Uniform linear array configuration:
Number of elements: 48
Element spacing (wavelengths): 0.5
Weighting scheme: binomial
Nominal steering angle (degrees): -15
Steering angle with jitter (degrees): -15.128
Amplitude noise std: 0.05
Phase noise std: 0.05

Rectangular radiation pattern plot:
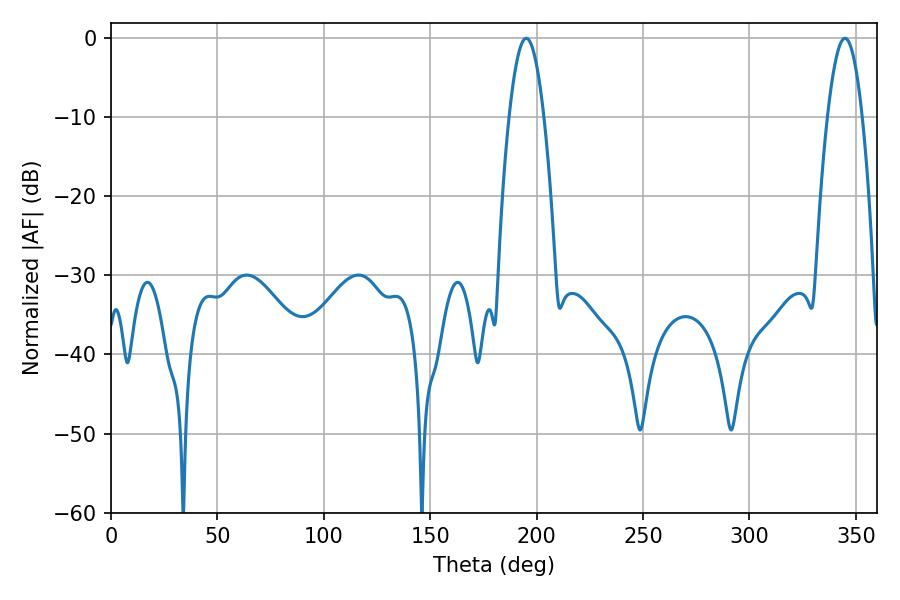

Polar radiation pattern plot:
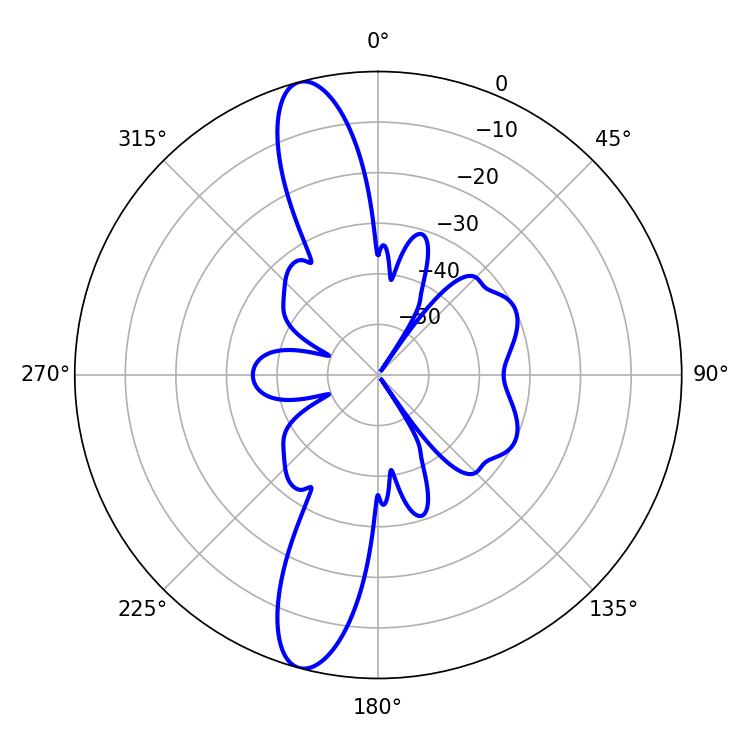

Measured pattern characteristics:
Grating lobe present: FALSE
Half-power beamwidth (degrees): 9
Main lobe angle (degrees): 195.12